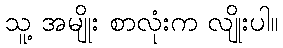
သူ့ အမျိုး စာလုံးက လျိုးပါ။